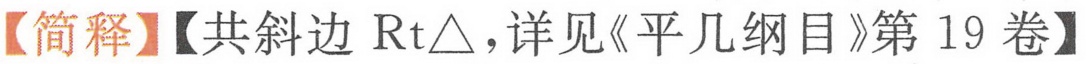
【简释】【共斜边\(\text{Rt}\triangle\)，详见《平几纲目》第 19 卷】